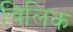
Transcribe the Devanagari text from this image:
बिलिक